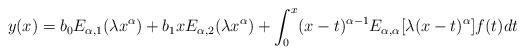
LaTeX: \begin{align*}y(x) = b_0E_{\alpha, 1}(\lambda x^{\alpha})+b_1xE_{\alpha, 2}(\lambda x^{\alpha})+ \int_0^x (x-t)^{\alpha-1}E_{\alpha, \alpha}[\lambda(x-t)^{\alpha}]f(t)dt\end{align*}